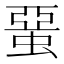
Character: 蝁